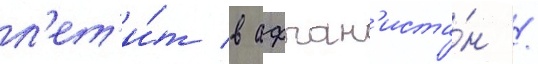
л'ет'и́т в афган'иста́н /